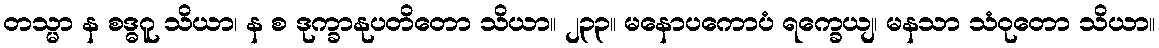
တသ္မာ န စဒ္ဓဂူ သိယာ၊ န စ ဒုက္ခာနုပတိတော သိယာ။ ၂၃၃။ မနောပကောပံ ရက္ခေယျ၊ မနသာ သံဝုတော သိယာ။